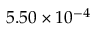
5 . 5 0 \times 1 0 ^ { - 4 }